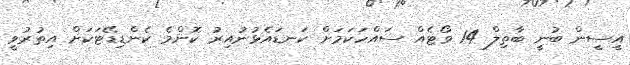
އީސީން ބުނީ ބާާތިލް 14 ވޯޓެއް ސައްހަކަމަށް ކަނޑައެޅުނުއިރު ކޮންމެ ކެންޑިޑޭޓަކަށް އިތުރުވީ